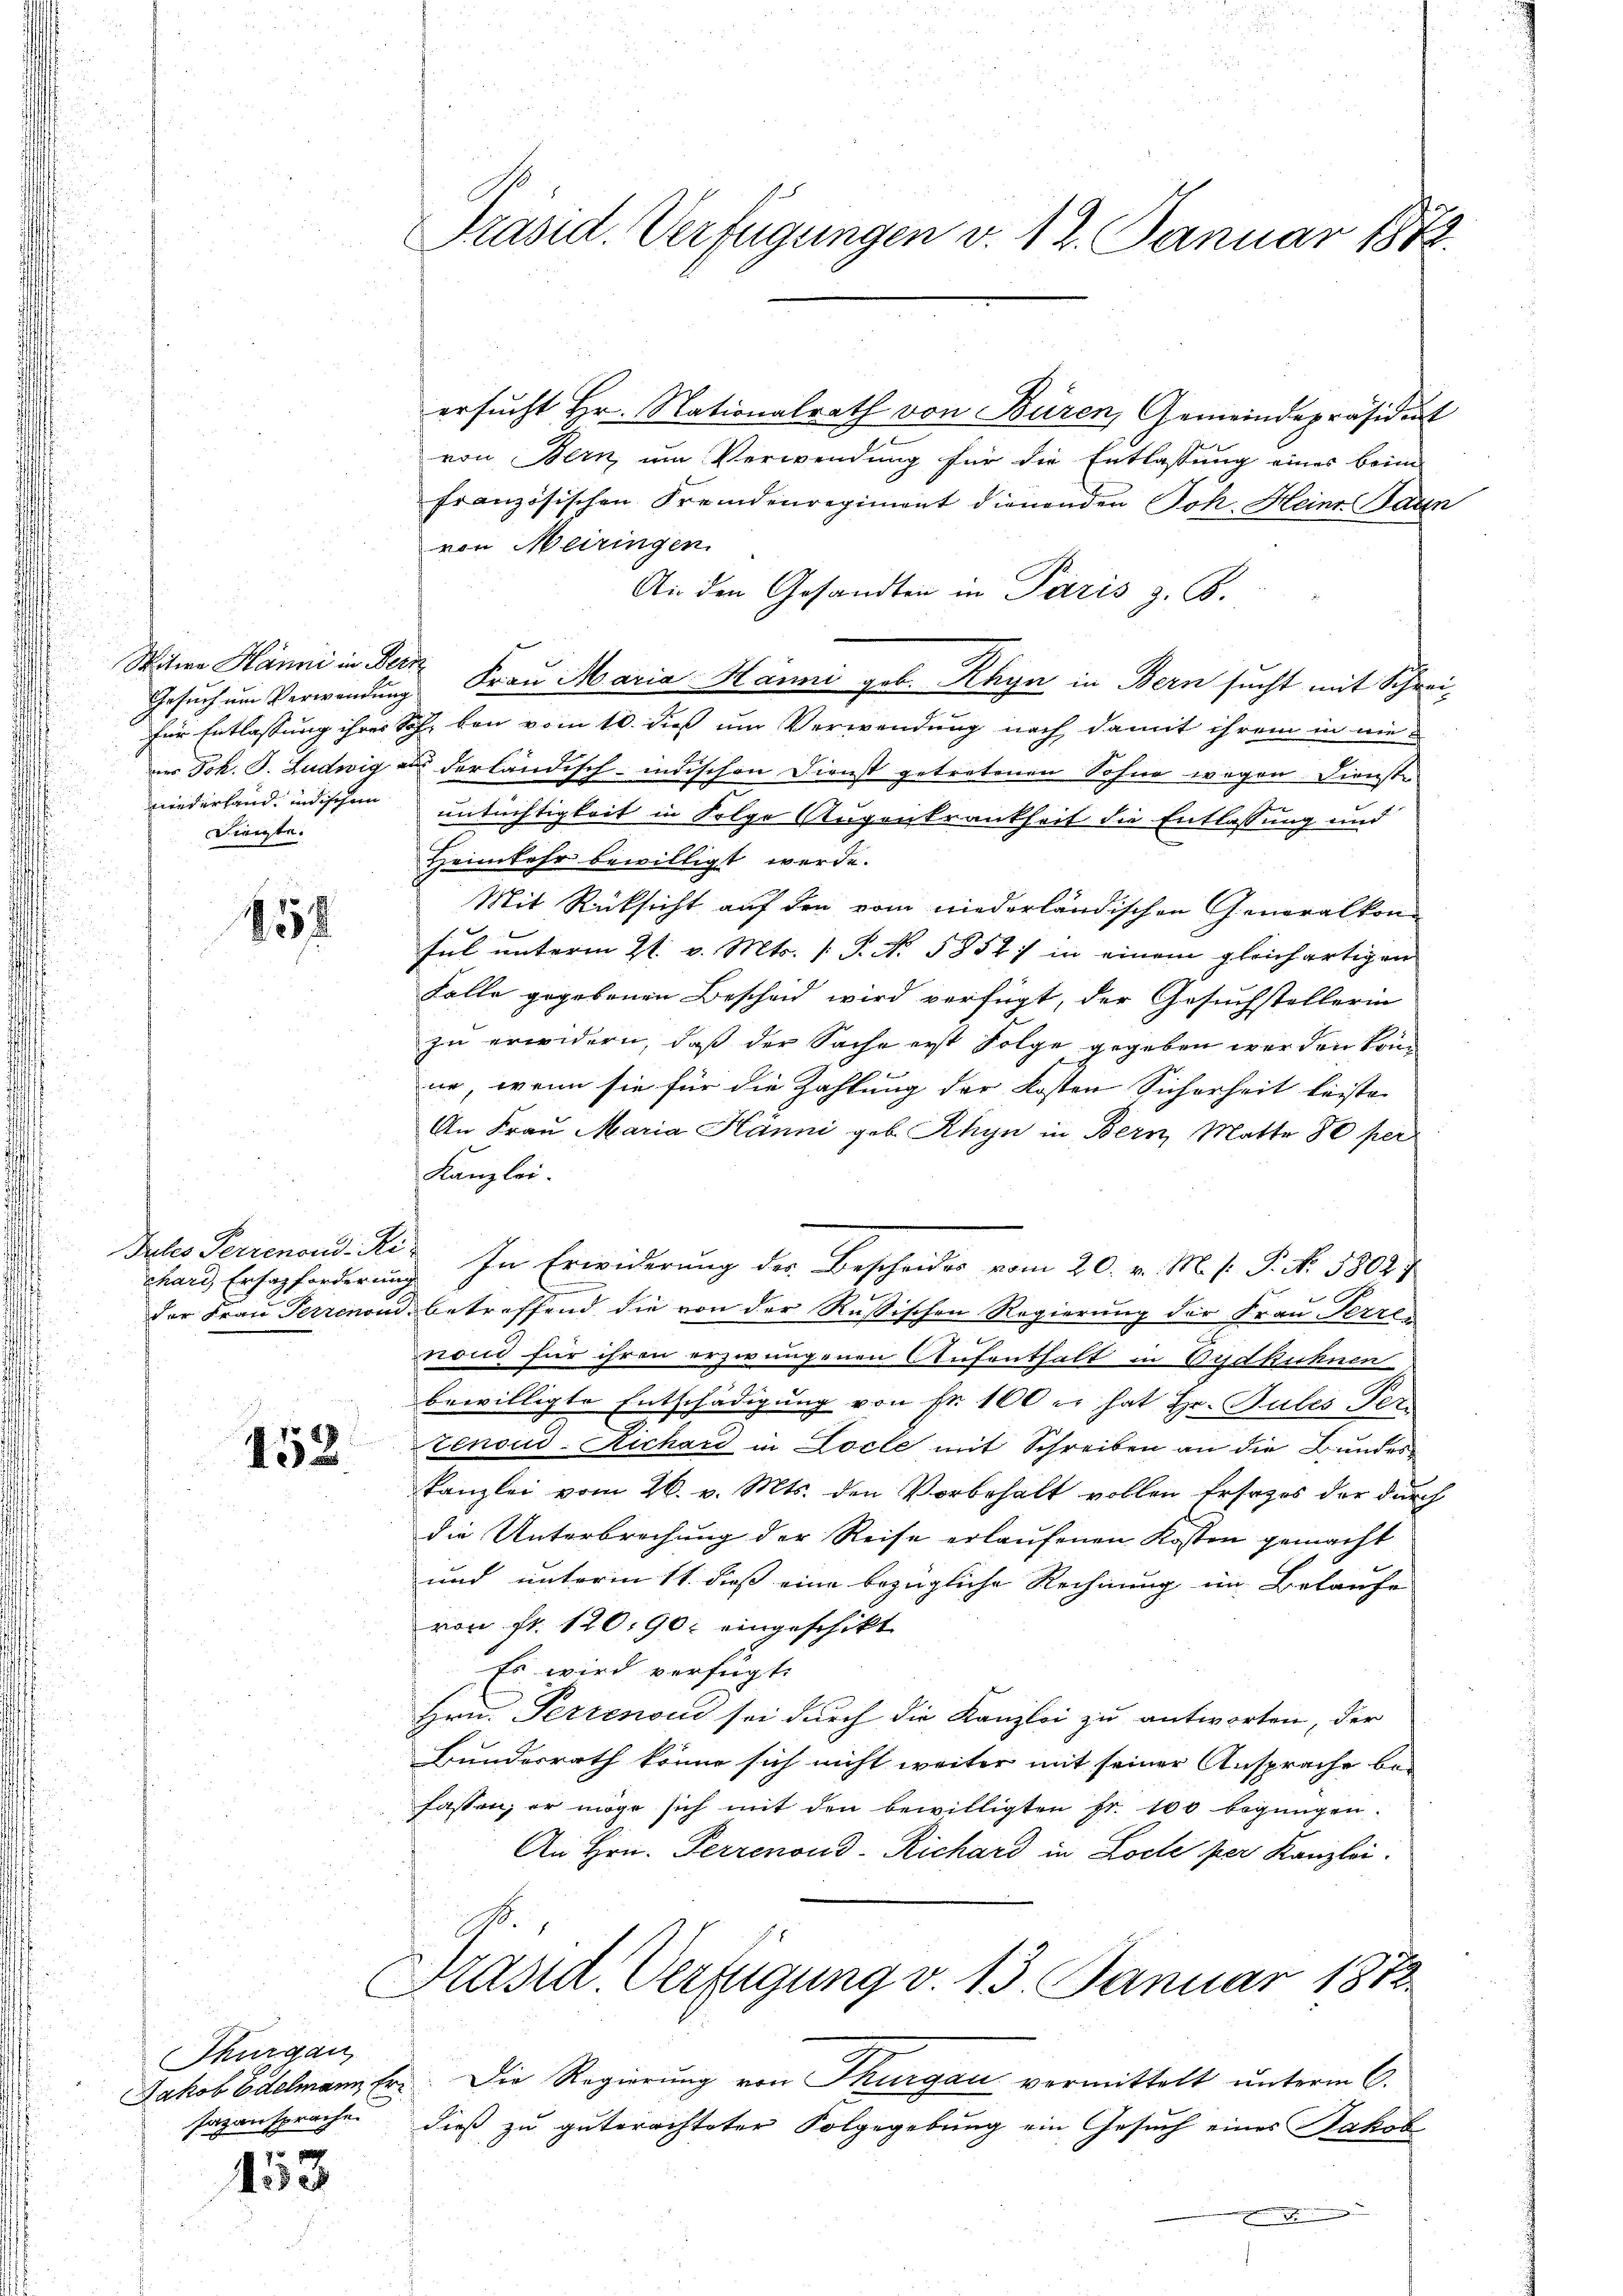
Hänni in Bern
t
niederland, indischen
Dienste.

152

chard Erhazforderung

152.

Thurgau,
sazansprache

453

Präsid. Verfügungen v. 12. Januar 1872.

ersucht Hr. Nationalrath von Büren, Gemeindepräsidiat
von Bern, um Verwendung für die Entlassung eines beim
französischen Fremdenregiment dienenden Joh. Heinr. Bann
von Meiringen
An den Gesandten in Paris z. B.
um Verwendung Frau Maria Hänni geb. Rhyn in Bern sucht mit Schrei¬
 Entlassung ihrer Sch bei vom 10. dieß um Verwendung nach damit ihrem in nieer Joh. B. Ludwig aus derländisch-indischen Dienst getretenen Sohne wegen Dienste
untüchtigkeit in Folge Augenkrankheit die Entlassung und
Heimkehr bewilligt werde.
Mit Rücksicht auf den vom niederländischen Generalkonful unterm 21. v. Mts. 1. P. No. 5854) in einem gleichartigen
Falle gegebenen Bescheid wird verfügt, der Gesuchstellerin
zu erwidern, daß der Sache erst Folge gegeben werden könn
ne, wenn sie für die Zahlung der Kosten Sicherheit leiste-
An Frau Maria Hänni geb. Rhyn in Bern Matte 10 per
Kanzlei.
Prtes Serienoud. R. In Erwiderung der Bescheides vom 20. v. M. P. P. No. 5802)
der Frau Perrenoud, betreffend die von der Rußischen Regierung der Frau Perren
.
non für ihren erzwungenen Aufenthalt in Vydkühnen
bewilligte Entschädigung von Fr. 100 er hat Hr. Gubles Vertenoud-Richard in Locte mit Schreiben an die Bundes
kanzlei vom 26. v. Mts. den Vorbehalt vollen Ersatzes der durch
die Unterbrechung der Reise erlaufenen Kosten gemacht
und unterm 11. dieß eine bezügliche Rechnung im Belaufe
von fr. 120,90: eingeschikt
Es wird verfügt:
Hrn. Perrenoud sei durch die Kanzlei zu antworten, der
Bundesrath könne sich nicht weiter mit seiner Ansprache befassen, er möge sich mit den bewilligten Fr. 100 begnügen.
An Hrn. Perrenoud-Richard in Locle per Kanzlei.
Präsid. Verfügung v. 13. Januar 1872.
Jakob Edelmann Er. Die Regierung von Thurgau vermittelt unterm 6.
dieß zu guterachteter Folgegebung ein Gesuch eines Jakob
.